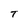
Character: T